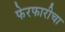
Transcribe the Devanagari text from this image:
फेरफारीचा